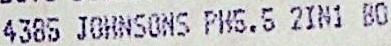
4385 JOHNSONS PH5.5 2IN1 BO